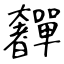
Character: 奲